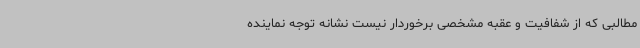
مطالبی که از شفافیت و عقبه مشخصی برخوردار نیست نشانه توجه نماینده